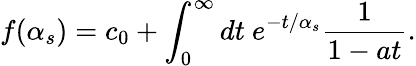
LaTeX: f(\alpha_{s})=c_{0}+\int_{0}^{\infty}dt\ e^{-t/\alpha_{s}}{\frac{1}{1-at}}.